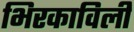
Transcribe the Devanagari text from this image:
भिरकाविली